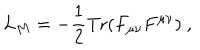
LaTeX: L _ { M } = - \frac { 1 } { 2 } \mathrm { T r } ( F _ { \mu \nu } F ^ { \mu \nu } ) \ ,